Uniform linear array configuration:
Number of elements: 16
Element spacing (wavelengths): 0.75
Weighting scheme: binomial
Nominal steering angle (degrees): -60
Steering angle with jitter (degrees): -59.784
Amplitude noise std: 0.05
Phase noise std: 0.05

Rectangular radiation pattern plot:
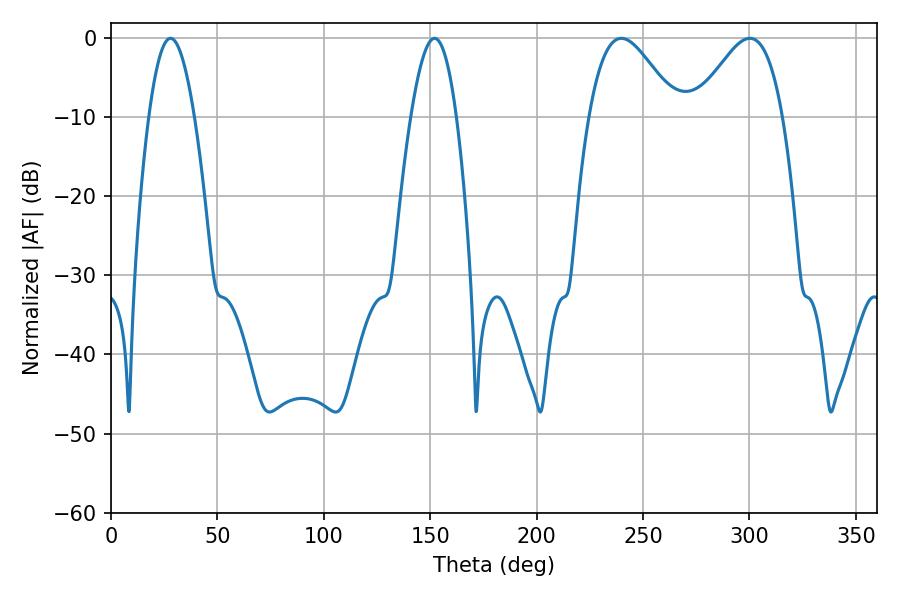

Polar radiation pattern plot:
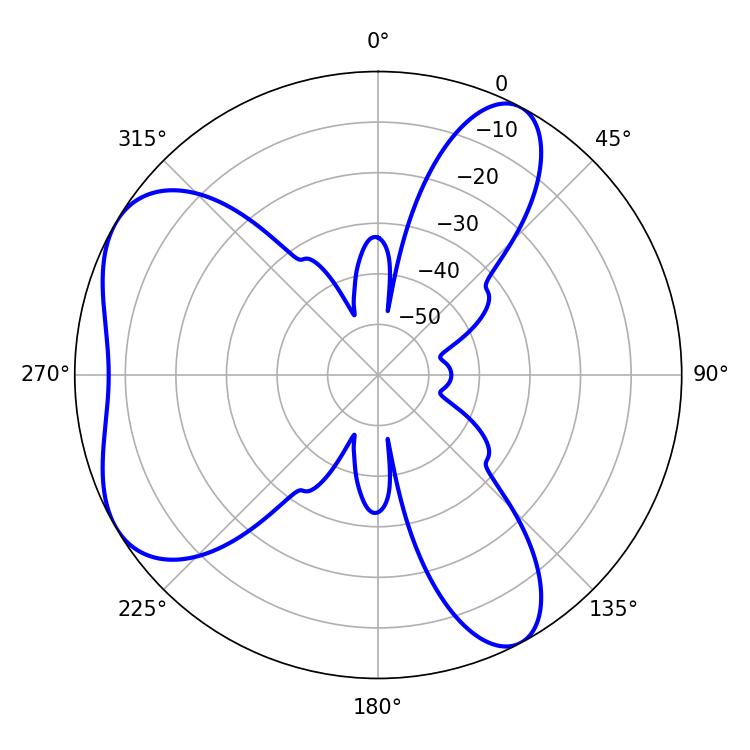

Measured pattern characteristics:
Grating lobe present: TRUE
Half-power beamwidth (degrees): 21.96
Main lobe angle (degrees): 239.76